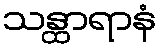
သန္ထာရာနံ